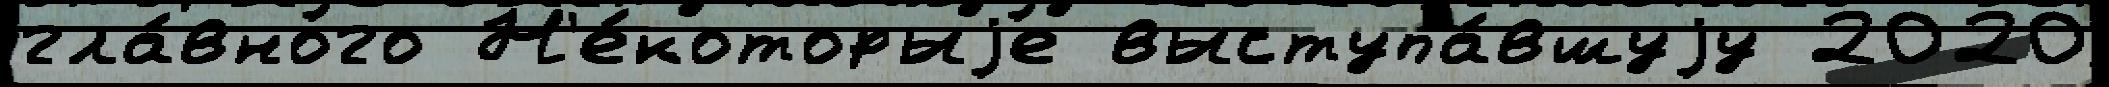
гла́вного Н'е́которыjе выступа́вшуjу 2020